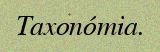
Taxonómia.